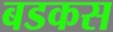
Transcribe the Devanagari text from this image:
बडकस